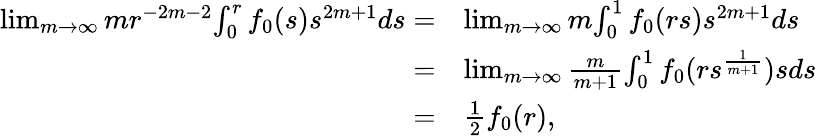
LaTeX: \begin{array}{rl}{\operatorname*{lim}_{m\rightarrow\infty}mr^{-2m-2}{\int_{0}^{r}f_{0}(s)s^{2m+1}ds}=}&{\operatorname*{lim}_{m\rightarrow\infty}m{\int_{0}^{1}f_{0}(rs)s^{2m+1}ds}}\\ {=}&{\operatorname*{lim}_{m\rightarrow\infty}\frac{m}{m+1}{\int_{0}^{1}f_{0}(rs^{\frac{1}{m+1}})sds}}\\ {=}&{\frac 12f_{0}(r),}\end{array}